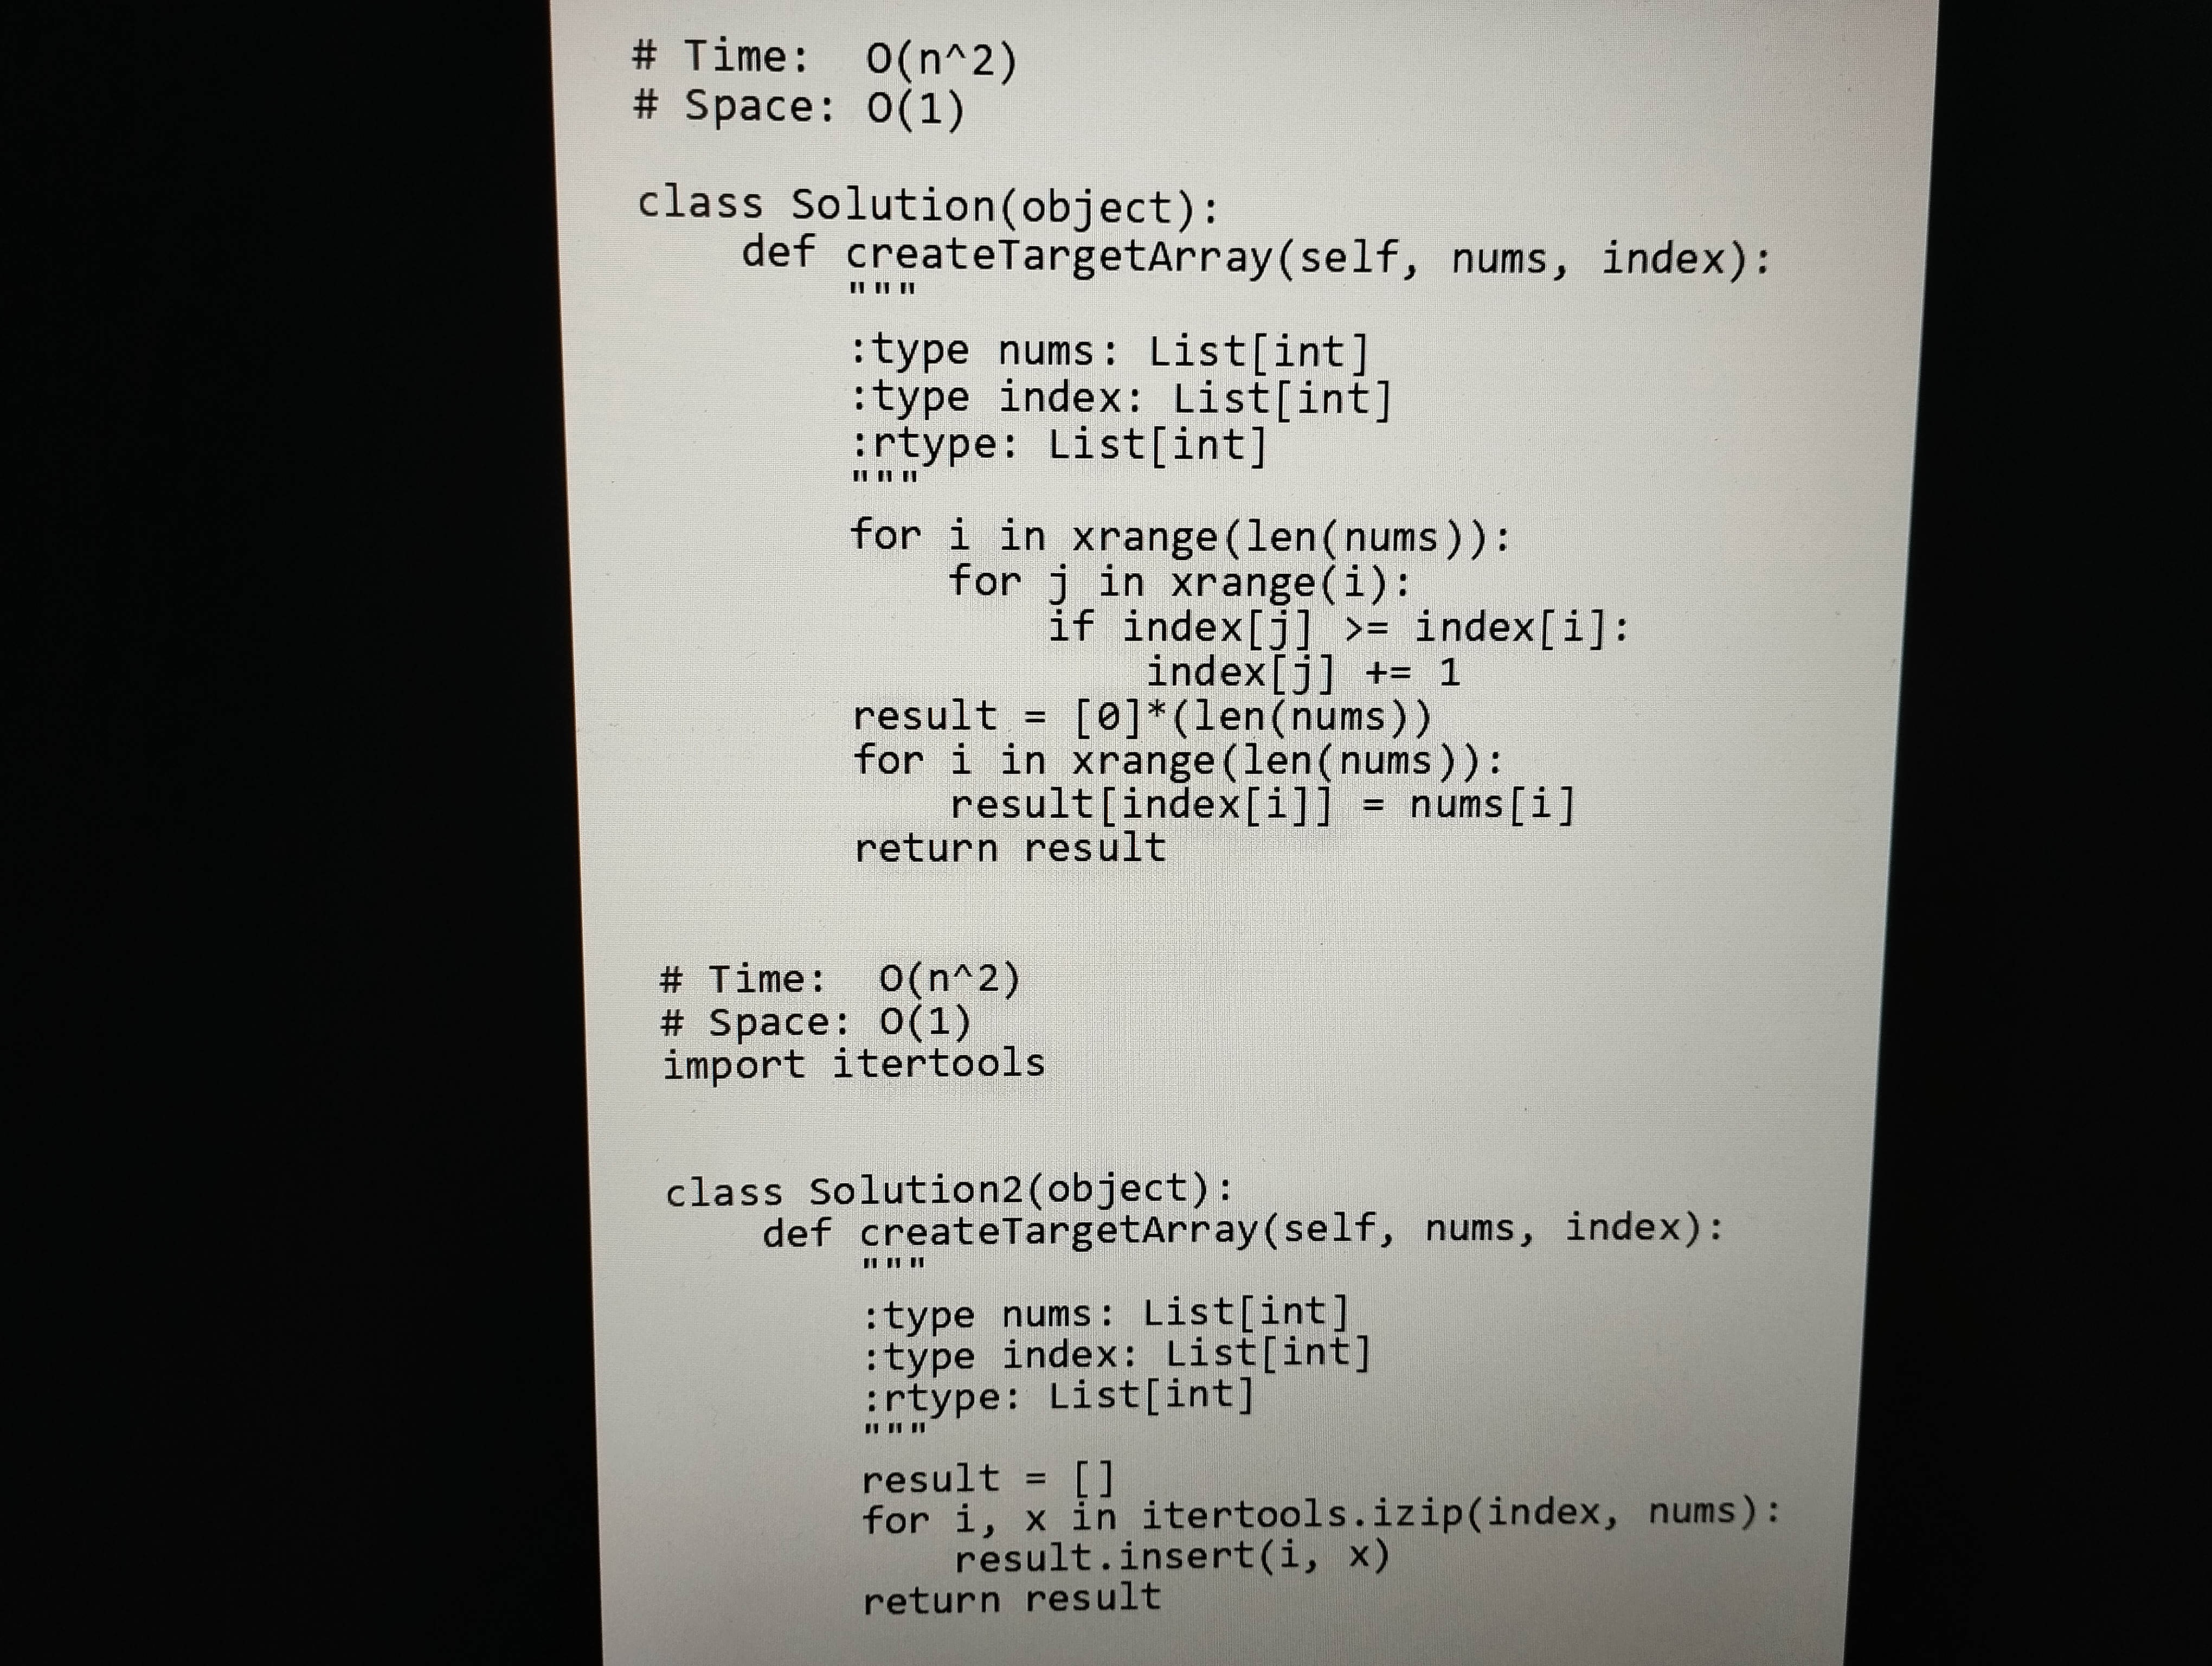
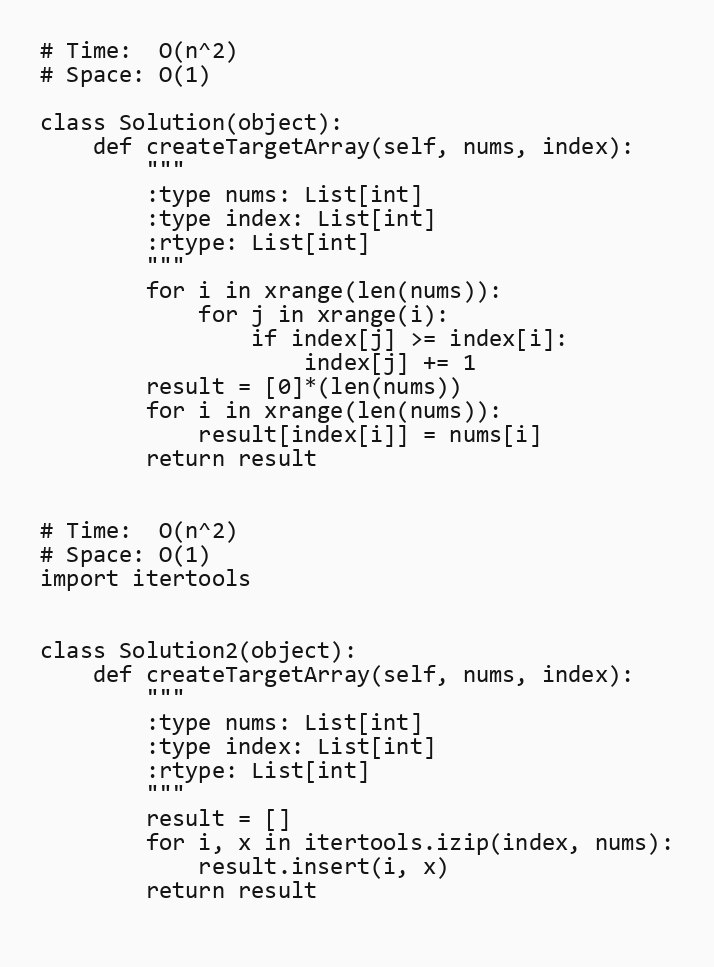
# Time:  O(n^2)
# Space: O(1)

class Solution(object):
    def createTargetArray(self, nums, index):
        """
        :type nums: List[int]
        :type index: List[int]
        :rtype: List[int]
        """
        for i in xrange(len(nums)):
            for j in xrange(i):
                if index[j] >= index[i]:
                    index[j] += 1
        result = [0]*(len(nums))
        for i in xrange(len(nums)):
            result[index[i]] = nums[i]
        return result

# Time:  O(n^2)
# Space: O(1)
import itertools

class Solution2(object):
    def createTargetArray(self, nums, index):
        """
        :type nums: List[int]
        :type index: List[int]
        :rtype: List[int]
        """
        result = []
        for i, x in itertools.izip(index, nums):
            result.insert(i, x)
        return result